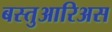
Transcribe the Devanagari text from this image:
बस्तुआरिअस